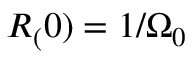
R _ { ( } 0 ) = 1 / \Omega _ { 0 }